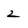
Character: 2